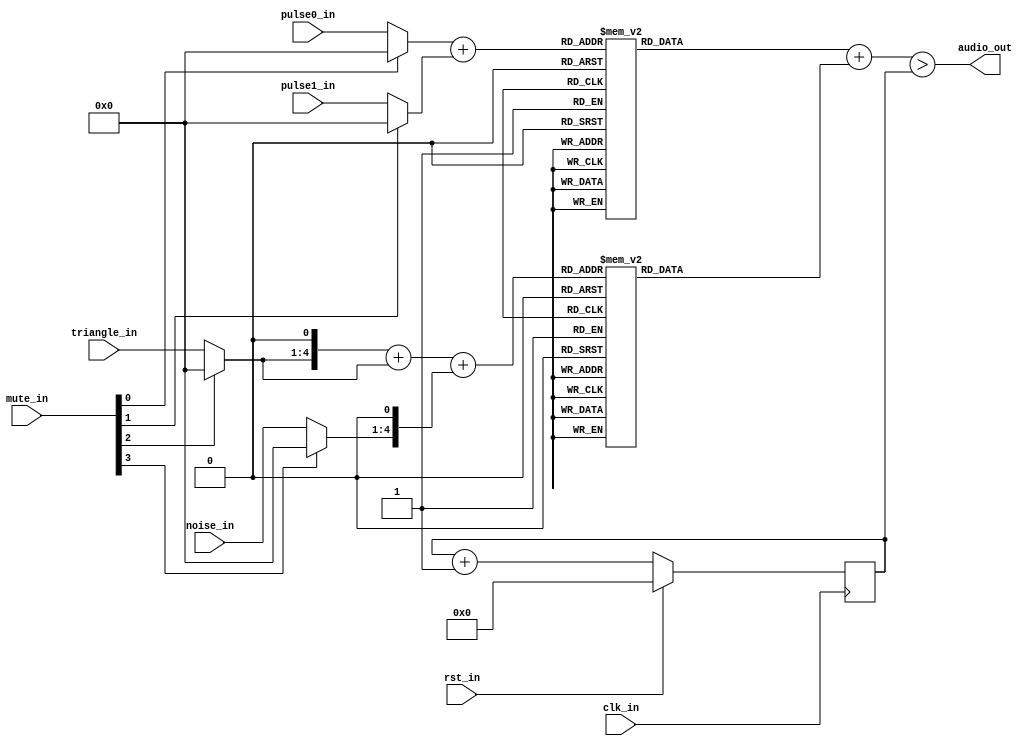
/***************************************************************************************************
** fpga_nes/hw/src/cpu/apu/apu_mixer.v
*
*  Copyright (c) 2012, Brian Bennett
*  All rights reserved.
*
*  Redistribution and use in source and binary forms, with or without modification, are permitted
*  provided that the following conditions are met:
*
*  1. Redistributions of source code must retain the above copyright notice, this list of conditions
*     and the following disclaimer.
*  2. Redistributions in binary form must reproduce the above copyright notice, this list of
*     conditions and the following disclaimer in the documentation and/or other materials provided
*     with the distribution.
*
*  THIS SOFTWARE IS PROVIDED BY THE COPYRIGHT HOLDERS AND CONTRIBUTORS "AS IS" AND ANY EXPRESS OR
*  IMPLIED WARRANTIES, INCLUDING, BUT NOT LIMITED TO, THE IMPLIED WARRANTIES OF MERCHANTABILITY AND
*  FITNESS FOR A PARTICULAR PURPOSE ARE DISCLAIMED. IN NO EVENT SHALL THE COPYRIGHT OWNER OR
*  CONTRIBUTORS BE LIABLE FOR ANY DIRECT, INDIRECT, INCIDENTAL, SPECIAL, EXEMPLARY, OR CONSEQUENTIAL
*  DAMAGES (INCLUDING, BUT NOT LIMITED TO, PROCUREMENT OF SUBSTITUTE GOODS OR SERVICES; LOSS OF USE,
*  DATA, OR PROFITS; OR BUSINESS INTERRUPTION) HOWEVER CAUSED AND ON ANY THEORY OF LIABILITY,
*  WHETHER IN CONTRACT, STRICT LIABILITY, OR TORT (INCLUDING NEGLIGENCE OR OTHERWISE) ARISING IN ANY
*  WAY OUT OF THE USE OF THIS SOFTWARE, EVEN IF ADVISED OF THE POSSIBILITY OF SUCH DAMAGE.
*
*  APU mixer.
***************************************************************************************************/

module apu_mixer
(
  input  wire       clk_in,       // system clock signal
  input  wire       rst_in,       // reset signal
  input  wire [3:0] mute_in,      // mute specific channels
  input  wire [3:0] pulse0_in,    // pulse 0 channel input
  input  wire [3:0] pulse1_in,    // pulse 1 channel input
  input  wire [3:0] triangle_in,  // triangle channel input
  input  wire [3:0] noise_in,     // noise channel input
  output wire       audio_out     // mixed audio output
);

wire [3:0] pulse0;
wire [3:0] pulse1;
wire [3:0] triangle;
wire [3:0] noise;

reg [4:0] pulse_in_total;
reg [5:0] pulse_out;

reg [6:0] tnd_in_total;
reg [5:0] tnd_out;

reg [5:0] mixed_out;

always @*
  begin
    pulse_in_total = pulse0 + pulse1;

    case (pulse_in_total)
      5'h00:   pulse_out = 6'h00;
      5'h01:   pulse_out = 6'h01;
      5'h02:   pulse_out = 6'h01;
      5'h03:   pulse_out = 6'h02;
      5'h04:   pulse_out = 6'h03;
      5'h05:   pulse_out = 6'h03;
      5'h06:   pulse_out = 6'h04;
      5'h07:   pulse_out = 6'h05;
      5'h08:   pulse_out = 6'h05;
      5'h09:   pulse_out = 6'h06;
      5'h0A:   pulse_out = 6'h07;
      5'h0B:   pulse_out = 6'h07;
      5'h0C:   pulse_out = 6'h08;
      5'h0D:   pulse_out = 6'h08;
      5'h0E:   pulse_out = 6'h09;
      5'h0F:   pulse_out = 6'h09;
      5'h10:   pulse_out = 6'h0A;
      5'h11:   pulse_out = 6'h0A;
      5'h12:   pulse_out = 6'h0B;
      5'h13:   pulse_out = 6'h0B;
      5'h14:   pulse_out = 6'h0C;
      5'h15:   pulse_out = 6'h0C;
      5'h16:   pulse_out = 6'h0D;
      5'h17:   pulse_out = 6'h0D;
      5'h18:   pulse_out = 6'h0E;
      5'h19:   pulse_out = 6'h0E;
      5'h1A:   pulse_out = 6'h0F;
      5'h1B:   pulse_out = 6'h0F;
      5'h1C:   pulse_out = 6'h0F;
      5'h1D:   pulse_out = 6'h10;
      5'h1E:   pulse_out = 6'h10;
      default: pulse_out = 6'bxxxxxx;
    endcase

    tnd_in_total = { triangle, 1'b0 } + { 1'b0, triangle } + { noise, 1'b0 };

    case (tnd_in_total)
      7'h00:   tnd_out = 6'h00;
      7'h01:   tnd_out = 6'h01;
      7'h02:   tnd_out = 6'h01;
      7'h03:   tnd_out = 6'h02;
      7'h04:   tnd_out = 6'h03;
      7'h05:   tnd_out = 6'h03;
      7'h06:   tnd_out = 6'h04;
      7'h07:   tnd_out = 6'h05;
      7'h08:   tnd_out = 6'h05;
      7'h09:   tnd_out = 6'h06;
      7'h0A:   tnd_out = 6'h07;
      7'h0B:   tnd_out = 6'h07;
      7'h0C:   tnd_out = 6'h08;
      7'h0D:   tnd_out = 6'h08;
      7'h0E:   tnd_out = 6'h09;
      7'h0F:   tnd_out = 6'h09;
      7'h10:   tnd_out = 6'h0A;
      7'h11:   tnd_out = 6'h0A;
      7'h12:   tnd_out = 6'h0B;
      7'h13:   tnd_out = 6'h0B;
      7'h14:   tnd_out = 6'h0C;
      7'h15:   tnd_out = 6'h0C;
      7'h16:   tnd_out = 6'h0D;
      7'h17:   tnd_out = 6'h0D;
      7'h18:   tnd_out = 6'h0E;
      7'h19:   tnd_out = 6'h0E;
      7'h1A:   tnd_out = 6'h0F;
      7'h1B:   tnd_out = 6'h0F;
      7'h1C:   tnd_out = 6'h0F;
      7'h1D:   tnd_out = 6'h10;
      7'h1E:   tnd_out = 6'h10;
      7'h1F:   tnd_out = 6'h11;
      7'h20:   tnd_out = 6'h11;
      7'h21:   tnd_out = 6'h11;
      7'h22:   tnd_out = 6'h12;
      7'h23:   tnd_out = 6'h12;
      7'h24:   tnd_out = 6'h12;
      7'h25:   tnd_out = 6'h13;
      7'h26:   tnd_out = 6'h13;
      7'h27:   tnd_out = 6'h14;
      7'h28:   tnd_out = 6'h14;
      7'h29:   tnd_out = 6'h14;
      7'h2A:   tnd_out = 6'h15;
      7'h2B:   tnd_out = 6'h15;
      7'h2C:   tnd_out = 6'h15;
      7'h2D:   tnd_out = 6'h15;
      7'h2E:   tnd_out = 6'h16;
      7'h2F:   tnd_out = 6'h16;
      7'h30:   tnd_out = 6'h16;
      7'h31:   tnd_out = 6'h17;
      7'h32:   tnd_out = 6'h17;
      7'h33:   tnd_out = 6'h17;
      7'h34:   tnd_out = 6'h17;
      7'h35:   tnd_out = 6'h18;
      7'h36:   tnd_out = 6'h18;
      7'h37:   tnd_out = 6'h18;
      7'h38:   tnd_out = 6'h19;
      7'h39:   tnd_out = 6'h19;
      7'h3A:   tnd_out = 6'h19;
      7'h3B:   tnd_out = 6'h19;
      7'h3C:   tnd_out = 6'h1A;
      7'h3D:   tnd_out = 6'h1A;
      7'h3E:   tnd_out = 6'h1A;
      7'h3F:   tnd_out = 6'h1A;
      7'h40:   tnd_out = 6'h1B;
      7'h41:   tnd_out = 6'h1B;
      7'h42:   tnd_out = 6'h1B;
      7'h43:   tnd_out = 6'h1B;
      7'h44:   tnd_out = 6'h1B;
      7'h45:   tnd_out = 6'h1C;
      7'h46:   tnd_out = 6'h1C;
      7'h47:   tnd_out = 6'h1C;
      7'h48:   tnd_out = 6'h1C;
      7'h49:   tnd_out = 6'h1C;
      7'h4A:   tnd_out = 6'h1D;
      7'h4B:   tnd_out = 6'h1D;
      default: tnd_out = 6'bxxxxxx;
    endcase

    mixed_out = pulse_out + tnd_out;
  end

//
// Pulse width modulation.
//
reg  [5:0] q_pwm_cnt;
wire [5:0] d_pwm_cnt;

always @(posedge clk_in)
  begin
    if (rst_in)
      begin
        q_pwm_cnt  <= 6'h0;
      end
    else
      begin
        q_pwm_cnt  <= d_pwm_cnt;
      end
  end

assign d_pwm_cnt = q_pwm_cnt + 4'h1;

assign pulse0   = (mute_in[0]) ? 4'h0 : pulse0_in;
assign pulse1   = (mute_in[1]) ? 4'h0 : pulse1_in;
assign triangle = (mute_in[2]) ? 4'h0 : triangle_in;
assign noise    = (mute_in[3]) ? 4'h0 : noise_in;

assign audio_out = mixed_out > q_pwm_cnt;

endmodule